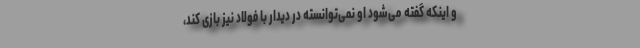
و اینکه گفته می‌شود او نمی‌توانسته در دیدار با فولاد نیز بازی کند،